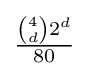
\textstyle {\frac {{4 \choose d}2^{d}}{80}}